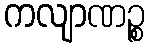
ကလျာဏဉ္စ